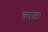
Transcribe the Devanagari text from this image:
काळः